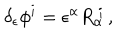
\delta _ { \epsilon } \phi ^ { i } = \epsilon ^ { \alpha } R _ { \alpha } ^ { \ i } \, ,